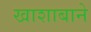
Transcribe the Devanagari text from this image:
खाशाबाने